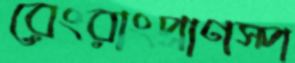
রেংরাংপ্রাণস্প